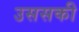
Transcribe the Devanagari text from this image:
उससकी